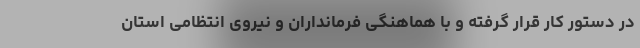
در دستور کار قرار گرفته و با هماهنگی فرمانداران و نیروی انتظامی استان